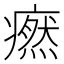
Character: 𤺱